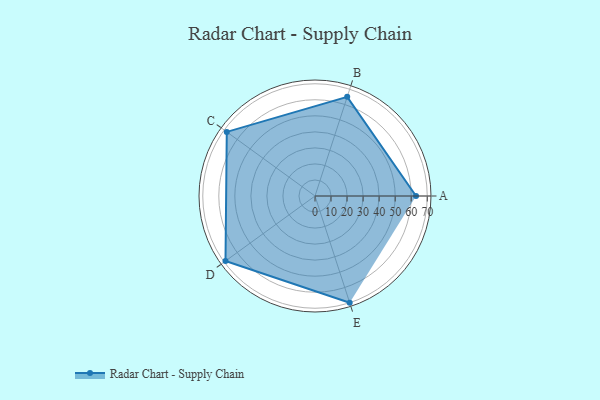
{"axis": {"x": "Skill", "y": "Score"}, "legend": ["Profile"], "data": [{"x": "A", "y": 63.0, "type": "Profile"}, {"x": "B", "y": 65.0, "type": "Profile"}, {"x": "C", "y": 68.0, "type": "Profile"}, {"x": "D", "y": 69.0, "type": "Profile"}, {"x": "E", "y": 70.0, "type": "Profile"}]}